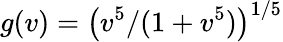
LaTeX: g(v)=\big(v^{5}/(1+v^{5})\big)^{1/5}